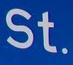
st.